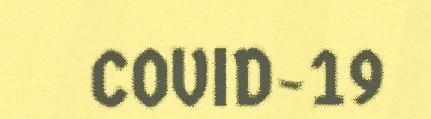
COVID-19